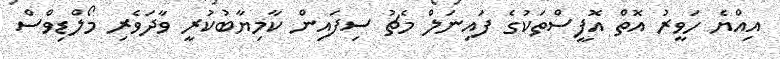
އިއްޔެ ހަވީރު އޮތް އޮފީސްތަކުގެ ފައިނަލް މެޗު ސިފައިން ކާމިޔާބުކުރީ ވާދަވެރި މޯލްޑިވްސް